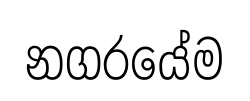
නගරයේම